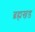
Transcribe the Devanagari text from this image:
ब्रह्मखड